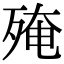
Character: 殗